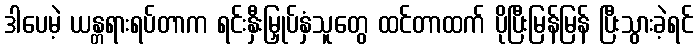
ဒါပေမဲ့ ယန္တရားရပ်တာက ရင်းနှီးမြှုပ်နှံသူတွေ ထင်တာထက် ပိုပြီးမြန်မြန် ပြီးသွားခဲ့ရင်